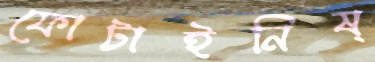
ফোটাইনিষ্